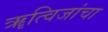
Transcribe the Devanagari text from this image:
ॠत्विजांचा